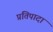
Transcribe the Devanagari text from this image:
प्रतिपादा